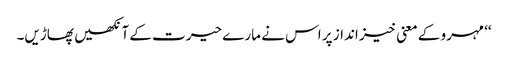
‘‘ مہرو کے معنی خیز انداز پر اس نے مارے حیرت کے آنکھیں پھاڑیں۔